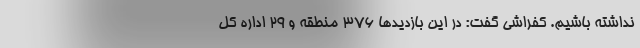
نداشته باشیم. کفراشی گفت: در این بازدیدها ۳۷۶ منطقه و ۲۹ اداره کل